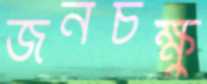
জনচক্ষু